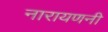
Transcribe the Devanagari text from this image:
नारायणनी